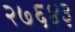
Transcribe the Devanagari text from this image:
२७६४३